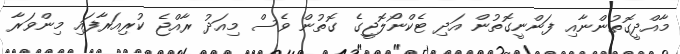
މާއްދީގޮތުންނާއި ފަންނީގޮތުން އަދި ޓެކްނޯލޮޖީގެ ގޮތުން ވެސް މިއަދު ރާއްޖެ ކުރިއަރާފައި މިންވަރާ